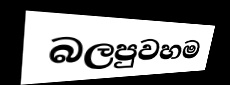
බලපුවහම